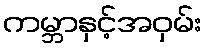
ကမ္ဘာနှင့်အဝှမ်း